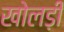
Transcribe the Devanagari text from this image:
खोलड़ी